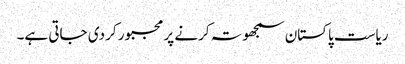
ریاست پاکستان سمجھوتہ کرنے پر مجبور کر دی جاتی ہے۔